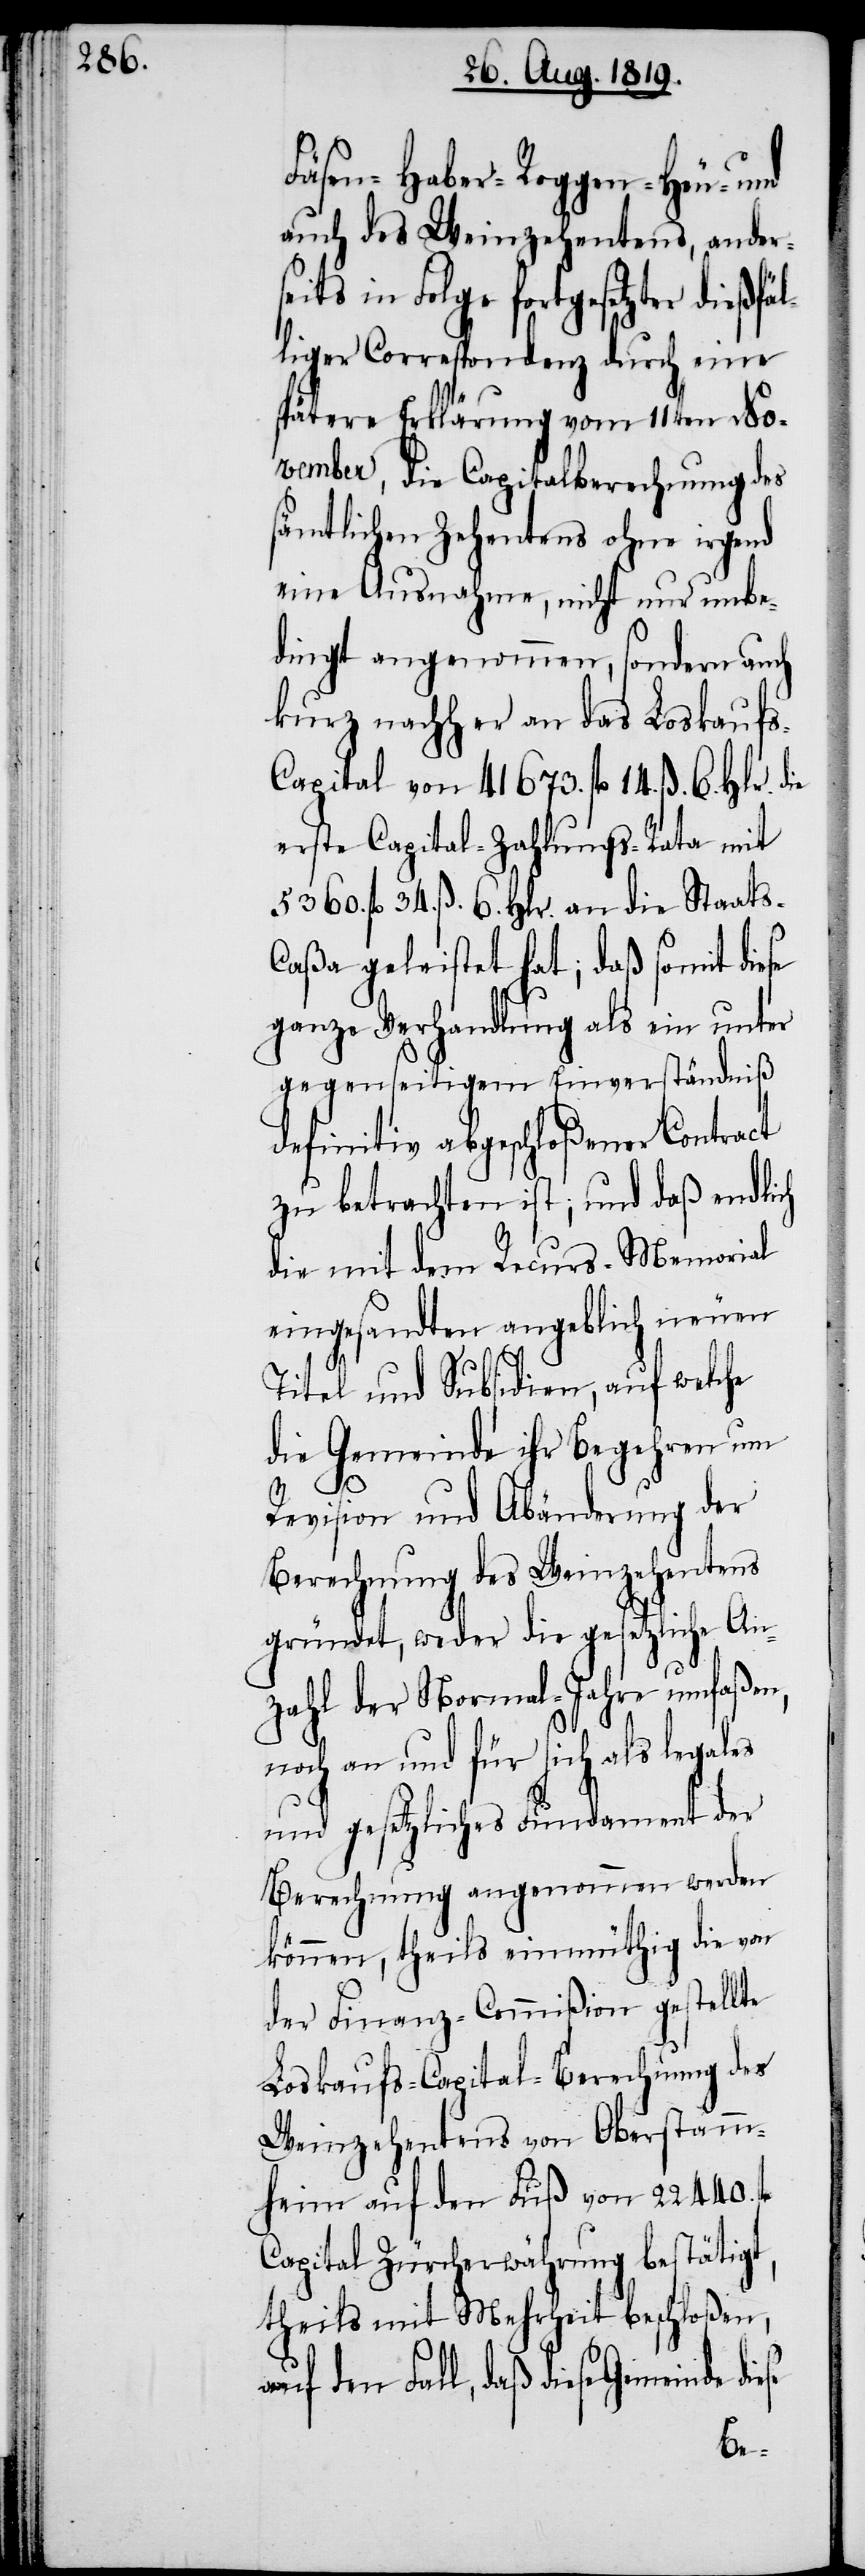
Fäsen, Haber- Roggen- Heu- und
auch des Weinzehentens, anders¬
eits in Folge fortgesetzter dießf¬
älliger Correspondenz durch eine
spätere Erklärung vom 11ten No¬
vember, die Capitalberechnung des
sämtlichen Zehentens ohne irgend
eine Ausnahme, nicht nur unbe¬
dingt angenommen, sondern auch
kurz nachher an das Loskaufs-C¬
apital von 41673. fl. 14. ß. 6. Hlr. die
erste Capital-Zahlungs-Rata mit
5360. fl. 34. ß. 6. Hlr. an die Staats-C¬
aßa geleistet hat; daß somit diese
ganze Verhandlung als ein unter
gegenseitigem Einverständniß
definitiv abgeschloßener Contract
zu betrachten ist; und daß endlich
die mit dem Recurs-Memorial
eingesandten angeblich neuen
Titel und Subsidien, auf welche
die Gemeinde ihr Begehren um
Revision und Abänderung der
Berechnung des Weinzehentens
gründet, weder die gesetzliche An¬
zahl der Normal-Jahre umfaßen,
noch an und für sich als legales
und gesetzliches Fundament der
Berechnung angenommen werden
können, theils einmüthig die von
der Finanz-Commißion gestellte
Loskaufs-Capital-Berechnung des
Weinzehentens von Oberstamm¬
heim auf den Fuß von 22440. fl.
Capital Zürcherwährung bestätigt,
theils mit Mehrheit beschloßen,
auf den Fall, daß diese Gemeinde